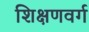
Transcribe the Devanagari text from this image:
शिक्षणवर्ग